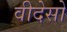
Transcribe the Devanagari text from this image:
वीदेसो